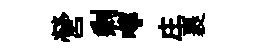
營剩嚀庄裹